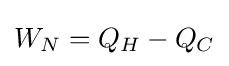
W_{N}=Q_{H}-Q_{C}